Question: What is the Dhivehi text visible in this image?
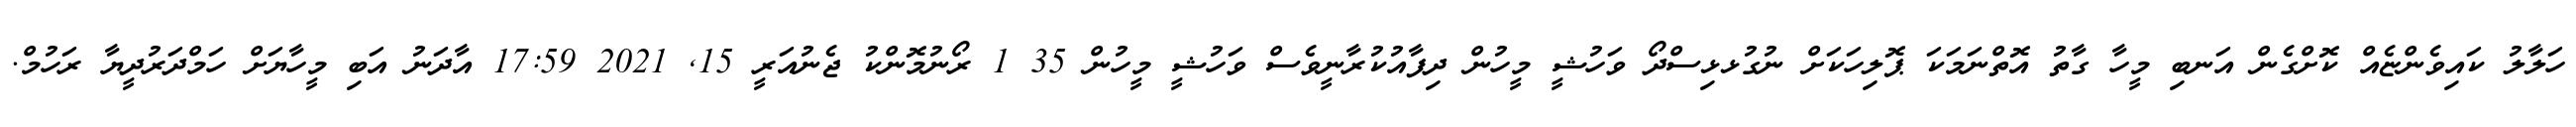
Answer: ހަލާލު ކައިވެންޏެއް ކޮށްގެން އަނބި މީހާ ގާތު އޮތްނަމަކަ ޕޮލިހަކަށް ނުގުޅޅިސްދޯ ވަހުޝީ މީހުން ދިފާއުކުރާނީވެސް ވަހުޝީ މީހުން 35 1 ރޯނުމޮންކު ޖެނުއަރީ 15, 2021 17:59 އާދަނު އަބި މީހާޔަށް ހަމްދަރުދީޔާ ރަހުމް.